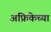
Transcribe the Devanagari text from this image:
अफ्रिकेच्या